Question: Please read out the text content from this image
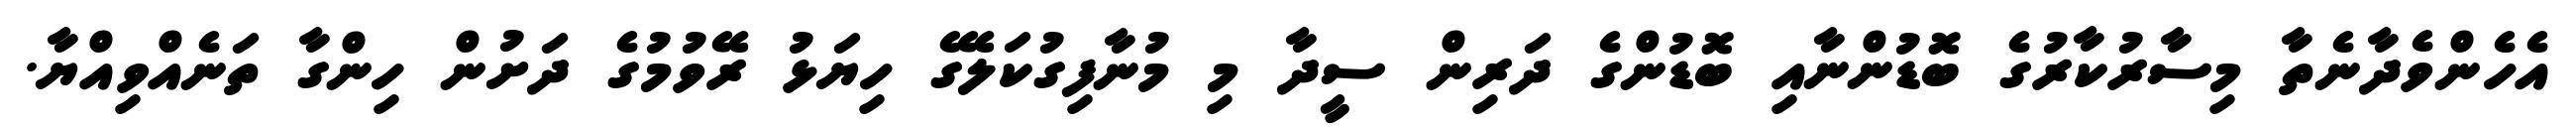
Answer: އެހެންވެދާނެތާ މިސާރުކާރުގެ ބޮޑުންނާއި ބޮޑުންގެ ދަރިން ސީދާ މި މުނާފިގުކަލޭގެ ހިޔަޅު ރޭވުމުގެ ދަށުން ހިންގާ ތަނެއްވިއްޔާ.